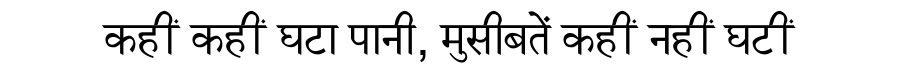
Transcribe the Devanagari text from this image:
कहीं कहीं घटा पानी, मुसीबतें कहीं नहीं घटीं